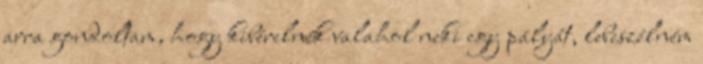
arra gondoltam, hogy kibérelnék valahol neki egy pályát, lebeszélném